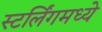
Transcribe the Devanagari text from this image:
स्टर्लिंगमध्ये